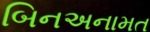
બિનઅનામત